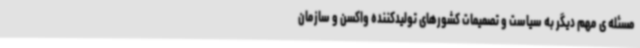
مسئله ی مهم دیگر به سیاست و تصمیمات کشورهای تولیدکننده واکسن و سازمان